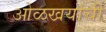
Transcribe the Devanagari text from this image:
ओळखयांची